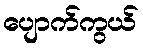
ပျောက်ကွယ်